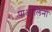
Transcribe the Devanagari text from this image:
पाओलिना